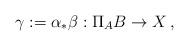
LaTeX: \begin{align*}\gamma:= \alpha_*\beta : \Pi_A{B} \to X\,,\end{align*}